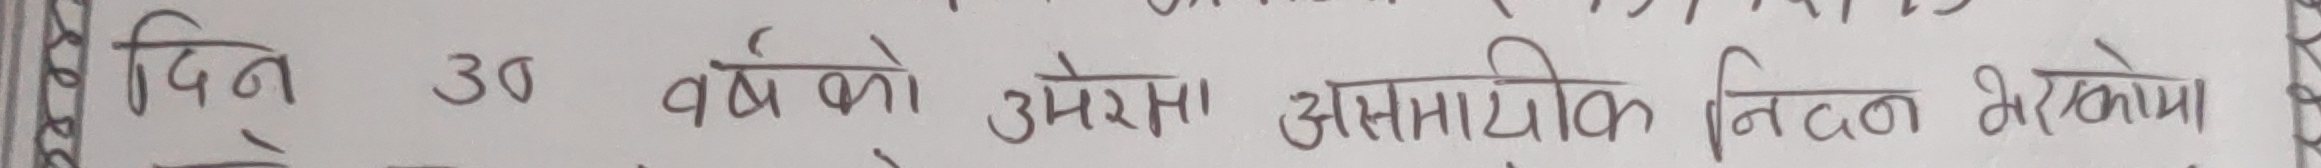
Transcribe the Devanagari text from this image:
दिन ३० वर्षको उमेरमा असमायिक निधन भएकोमा